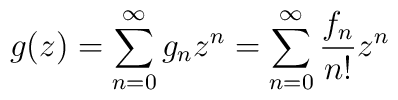
g(z)=\sum_{n=0}^{\infty}{g_nz^n}=\sum_{n=0}^{\infty}{\frac{f_n}{n!}z^n}